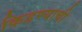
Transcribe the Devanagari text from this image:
किडण्याची